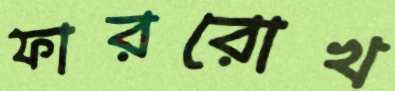
ফাররোখ